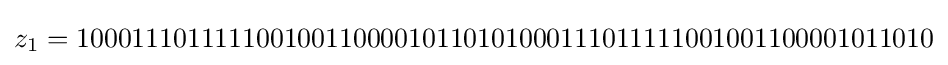
z_{1}=10001110111110010011000010110101000111011111001001100001011010